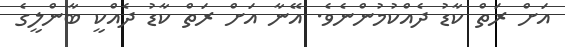
އަށް ރަތް ކާޑު ދެއްކުމުންނެވެ. އޭނާ އަށް ރަތް ކާޑު ދެއްކީ ބާންލީގެ